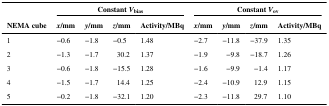
<table><thead><tr><td></td><td colspan="4"><b>Constant <i>V</i><sub>bias</sub></b></td><td colspan="4"><b>Constant <i>V</i><sub>ov</sub></b></td></tr><tr><td><b>NEMA cube</b></td><td><b><i>x</i>/mm</b></td><td><b><i>y</i>/mm</b></td><td><b><i>z</i>/mm</b></td><td><b>Activity/MBq</b></td><td><b><i>x</i>/mm</b></td><td><b><i>y</i>/mm</b></td><td><b><i>z</i>/mm</b></td><td><b>Activity/MBq</b></td></tr></thead><tbody><tr><td>1</td><td>−0.6</td><td>−1.8</td><td>−0.5</td><td>1.48</td><td>−2.7</td><td>−11.8</td><td>−37.9</td><td>1.35</td></tr><tr><td>2</td><td>−1.3</td><td>−1.7</td><td>30.2</td><td>1.37</td><td>−1.9</td><td>−9.8</td><td>−18.7</td><td>1.26</td></tr><tr><td>3</td><td>−0.6</td><td>−1.8</td><td>−15.5</td><td>1.28</td><td>−1.6</td><td>−9.9</td><td>−1.4</td><td>1.17</td></tr><tr><td>4</td><td>−1.5</td><td>−1.7</td><td>14.4</td><td>1.25</td><td>−2.4</td><td>−10.9</td><td>12.9</td><td>1.15</td></tr><tr><td>5</td><td>−0.2</td><td>−1.8</td><td>−32.1</td><td>1.20</td><td>−2.3</td><td>−11.8</td><td>29.7</td><td>1.10</td></tr></tbody></table>